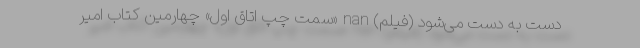
دست به دست می‌شود (فیلم) nan «سمت چپ اتاق اول» چهارمین کتاب امیر